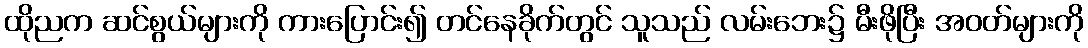
ထိုညက ဆင်စွယ်များကို ကားပြောင်း၍ တင်နေခိုက်တွင် သူသည် လမ်းဘေး၌ မီးဖိုပြီး အဝတ်များကို